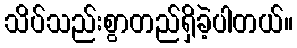
သိပ်သည်းစွာတည်ရှိခဲ့ပါတယ်။